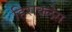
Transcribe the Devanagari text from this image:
हिराक्लेस